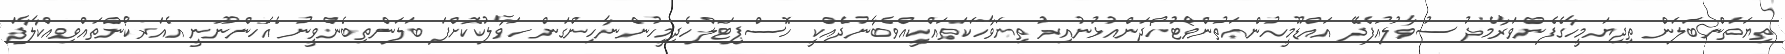
ތިޔަތަންބަލަން ތިދިޔަމީހާގެފެންވަރާމެދު ސުވާލުއުފެދޭ އައްޑޫމީހުންއަތުންވޯޓުހޯދަންއުޅުނުއިރު ތިޔަވާހަކަތައްކީއްވެބާނުދެއްކީ ހޮސްޕިޓަލްހެދިމީހުންނާހިންގަން ހަވާލުކޮށްފަ ބަލަންތިބެންވީނު އެހެންނޫނީ އެއަރކޯންތައްވިއްކާލާފަ